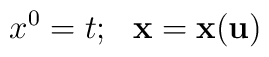
x^0=t;~~ {\bf x} = {\bf x}({\bf u})